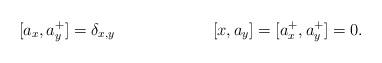
LaTeX: \begin{align*}[a_x,a^+_y]&=\delta_{x,y}& [x,a_y]&=[a^+_x,a^+_y]=0.\end{align*}